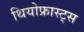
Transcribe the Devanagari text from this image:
थियोफ्रास्ट्स